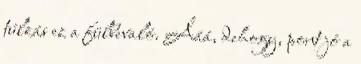
túlzás ez a fülbevaló. Ááá, dehogy, pont jó a